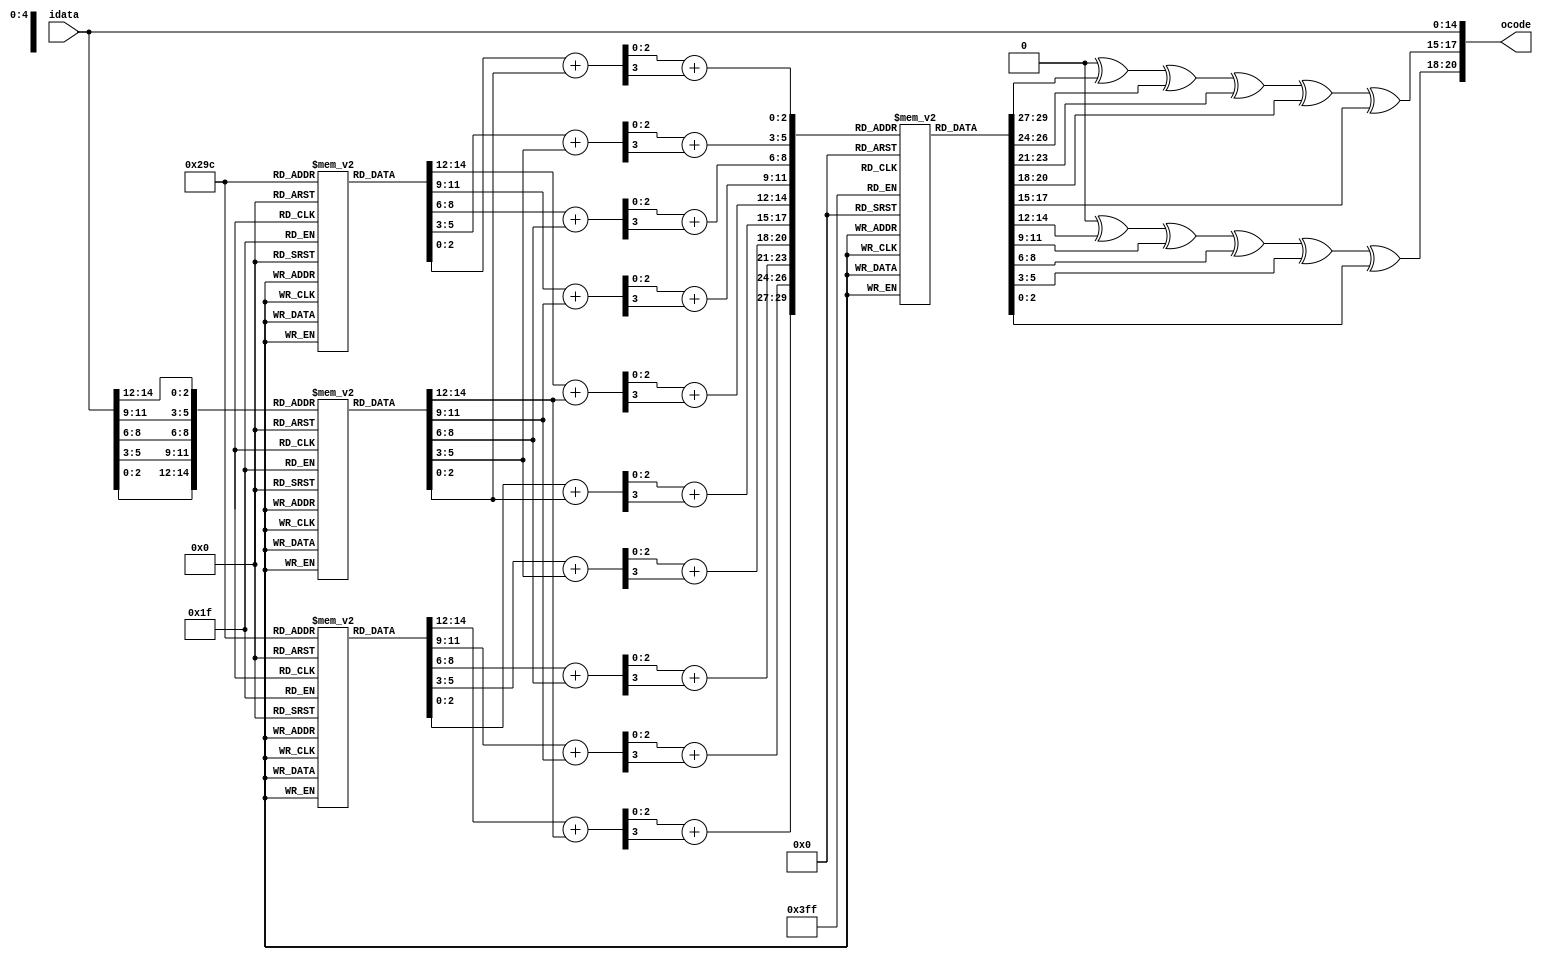
// -----------------------------------------------------------------------------
//  Title      : Reed-Solomon example
//  Project    : Mentoring
// -----------------------------------------------------------------------------
//  Standard   : Verilog 2001
// -----------------------------------------------------------------------------
//  Description:
//  This code is an encoder and decoder for a simple RS(7,5) Reed-Solomon code.
//  This is behavioural code for informative purposes only. It has not been
//  checked that it can be synthesised and doesn't, for instance, infer latches
//  etc. A practical implementation would have clocked state.
// -----------------------------------------------------------------------------
//  Copyright (c) 2022 Simon Southwell
// -----------------------------------------------------------------------------
//
//  This is free software: you can redistribute it and/or modify
//  it under the terms of the GNU General Public License as published by
//  the Free Software Foundation, either version 3 of the License, or
//  (at your option) any later version.
//
//  It is distributed in the hope that it will be useful,
//  but WITHOUT ANY WARRANTY; without even the implied warranty of
//  MERCHANTABILITY or FITNESS FOR A PARTICULAR PURPOSE. See the
//  GNU General Public License for more details.
//
//  You should have received a copy of the GNU General Public License
//  along with this code. If not, see <http://www.gnu.org/licenses/>.
//
// -----------------------------------------------------------------------------

`timescale 1ns / 10ps

// ===============================================
// ENCODER
// ===============================================

module rs_7_5_encoder
(
  input [14:0] idata,
  output[20:0] ocode
);

wire [2:0] s [0:6];

integer idx;
reg [2:0] GF_log  [1:7];
reg [2:0] GF_alog [1:7];
reg [2:0] p_poly  [0:4];
reg [2:0] q_poly  [0:4];
reg [3:0] p_data  [0:4];
reg [3:0] q_data  [0:4];
reg [2:0] P, Q;

assign s[0] = idata[2:0];
assign s[1] = idata[5:3];
assign s[2] = idata[8:6];
assign s[3] = idata[11:9];
assign s[4] = idata[14:12];
assign s[5] = P;
assign s[6] = Q;

assign ocode = {s[6], s[5], s[4], s[3], s[2], s[1], s[0]};

initial
begin

  // Galois field for x3 + x + 1
  GF_alog[1] = 3'b010; GF_alog[2] = 3'b100;
  GF_alog[3] = 3'b011; GF_alog[4] = 3'b110;
  GF_alog[5] = 3'b111; GF_alog[6] = 3'b101;
  GF_alog[7] = 3'b001;

  // Inverse (log) Galois field for x3 + x + 1
  GF_log[1] = 3'b111; GF_log[2] = 3'b001;
  GF_log[3] = 3'b011; GF_log[4] = 3'b010;
  GF_log[5] = 3'b110; GF_log[6] = 3'b100;
  GF_log[7] = 3'b101;

  // Corrector polynomial: a6 + a + a2 + a5 + a3
  p_poly[0] = 6; p_poly[1] = 1; p_poly[2] = 2;
  p_poly[3] = 5; p_poly[4] = 3;

  // Locator polynomial: a2 + a3 + a6 + a4 + a
  q_poly[0] = 2; q_poly[1] = 3; q_poly[2] = 6;
  q_poly[3] = 4; q_poly[4] = 1;
end

always @(*)
begin
  P = 3'b000;
  Q = 3'b000;

  for (idx = 0; idx < 5; idx = idx + 1)
  begin
    // Calulate P
    p_data[idx] = p_poly[idx] + GF_log[s[idx]];      // a**k.s[idx] = a**(k + log(s[idx]))
    p_data[idx] = p_data[idx][2:0] + p_data[idx][3]; // Wrap result when > 7 (8->1, 9->2 etc.)
    p_data[idx] = GF_alog[p_data[idx]];              // antilog  result
    P           = P ^ p_data[idx];                   // XOR results

    // Calculate Q
    q_data[idx] = q_poly[idx] + GF_log[s[idx]];      // a**k.s[idx] = a**(k + log(s[idx]))
    q_data[idx] = q_data[idx][2:0] + q_data[idx][3]; // Wrap result when > 7 (8->1, 9->2 etc.)
    q_data[idx] = GF_alog[q_data[idx]];              // antilog  result
    Q           = Q ^ q_data[idx];                   // XOR results
  end
end

endmodule

// ===============================================
// DECODER
// ===============================================

module rs_7_5_decoder
(
  input  [20:0] icode,
  output [14:0] odata
);

reg [2:0] s [0:6];

integer idx;
reg  [2:0] GF_log  [1:7];
reg  [2:0] GF_alog [1:7];
reg  [3:0] S1_poly [0:6];
reg  [3:0] k;
reg  [2:0] S0;
reg  [2:0] S1;

assign odata = {s[4], s[3], s[2], s[1], s[0]};

initial
begin
  // Galois field for x3 + x + 1
  GF_alog[1] = 3'b010; GF_alog[2] = 3'b100;
  GF_alog[3] = 3'b011; GF_alog[4] = 3'b110;
  GF_alog[5] = 3'b111; GF_alog[6] = 3'b101;
  GF_alog[7] = 3'b001;

  // Inverse (log) Galois field for x3 + x + 1
  GF_log[1]  = 3'b111; GF_log[2]  = 3'b001;
  GF_log[3]  = 3'b011; GF_log[4]  = 3'b010;
  GF_log[5]  = 3'b110; GF_log[6]  = 3'b100;
  GF_log[7]  = 3'b101;
end

always @(icode)
begin
  // Split input code to symbols
  s[0] = icode[2:0];
  s[1] = icode[5:3];
  s[2] = icode[8:6];
  s[3] = icode[11:9];
  s[4] = icode[14:12];
  s[5] = icode[17:15];
  s[6] = icode[20:18];

  // S0 is XOR of all symbols
  S0   = s[0] ^ s[1] ^ s[2] ^ s[3] ^ s[4] ^ s[5] ^ s[6];

  // Default S1 to 0
  S1   = 3'b000;

  for (idx = 0; idx < 7; idx = idx + 1)
  begin
    S1_poly[idx] = (7 - idx) + GF_log[s[idx]];              // a**n.s[idx] (where n = 7-idx) => log(n) + log(s[idx])
    S1_poly[idx] = S1_poly[idx][2:0] + S1_poly[idx][3];     // Wrap if > 7
    S1_poly[idx] = s[idx] ? GF_alog[S1_poly[idx]] : 3'b000; // antilog(result). If s[idx] zero then a**n.s[idx] equals 0

    // S1 is XOR of all a**n.s[idx] results
    S1           = S1 ^ S1_poly[idx];
  end

  // If an error detected, update the symbol that was multiplied by a**k
  if (S0 != 3'b000)
  begin
    // Calculate k
    k      = GF_log[S1] - GF_log[S0];                       // Subtract logs of S1 and S0 (for S1/S0)
    k      = k[2:0] - k[3];                                 // Wrap on negative values
    k      = (k == 4'b0000) ? GF_log[3'b001] : k;           // If k equals 0, a**k == 1, k == log(1)

    // Correct indexed symbol with S0. (Note s[0] is data[0] multiplied by a**7,
    // data[1] by a**6 etc., so index is 7-k.
    s[7-k] = s[7-k] ^ S0;
  end
end

endmodule

// ===============================================
// TEST BENCH
//
// For a fixed data pattern, the test bench goes
// through all possible symbol error patterns over
// each symbol. The input data can be changed via
// the DATA_PATTERN parameter
//
// To run this test bench (on ModelSim) use:
//   vlib work  (if work does not already exist)
//   vlog +define+TEST_BENCH rs_7_5.v
//   vsim -gui tb 
//
//   for batch simulation:
//     vsim -c tb -gTEST_GUI=0
//
// ===============================================

`ifdef TEST_BENCH

module tb
#(parameter
  CLK_FREQ_MHZ                         = 100,
  RESET_PERIOD                         = 10,
  DATA_PATTERN                         = 15'b111_100_010_100_101,
  TEST_GUI                             = 1
)
();

integer     count;
reg         clk;
wire        reset_n;

reg  [14:0] idata;
wire [20:0] ocode;
reg  [20:0] error;
wire [20:0] icode;
wire [14:0] odata;

// Flag error if input and output data miscompare
wire        cmp_error                  = (idata ^ odata) != 15'h0000;

// -----------------------------------------------
// Initialisation, clock and reset
// -----------------------------------------------

initial
begin
  count                                = -1;
  clk                                  = 1'b1;
  error                                = {3'b000, 3'b000, 3'b000, 3'b000, 3'b001};
  idata                                = DATA_PATTERN;
end

// Generate a clock
always #(500/CLK_FREQ_MHZ)
  clk                                  = ~clk;

// Increment the count each clock cycle
always @(posedge clk)
  count                                = count + 1;

// Generate a reset signal using count
assign reset_n                         = (count >= RESET_PERIOD) ? 1'b1 : 1'b0;


// -----------------------------------------------
// Input vector generation and TB control
// -----------------------------------------------

always @(posedge clk)
begin
  if ((count > RESET_PERIOD) && ((count-RESET_PERIOD)%4) == 3)
  begin
    // If last error in last symbol, and not last pattern, reset
    // error to be the next pattern
    if (error[20:18] != 3'b000 && error[20:18] != 3'b111)
    begin
      error[2:0]                       = error[20:18] + 1;
      error[20:18]                     = 3'b000;
    end
    else
    begin
       // Shift the error pattern by a symbol's width
       error                           = error << 3;
    end
  end

  // Terminate the simulation if all test patterns done, or on miscompare
  if (error == 0 || (reset_n && cmp_error))
  begin
    if (cmp_error)
    begin
      $display("***FAIL: comparison error");
    end
    else
    begin
      $display("No errors");
    end

    if (TEST_GUI)
      $stop;
    else
      $finish;
  end
end

// -----------------------------------------------
// UUT instantiation and channel error injection
// -----------------------------------------------
  
  // ~~~~~~~~~~~~~~
  // Encoder
  // ~~~~~~~~~~~~~~
  rs_7_5_encoder enc (idata, ocode);

  // Channel with injected errors
  assign icode                         = ocode ^ error;

  // ~~~~~~~~~~~~~~
  // Decoder
  // ~~~~~~~~~~~~~~
  rs_7_5_decoder dec (icode, odata);

endmodule

`endif